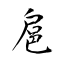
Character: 扈